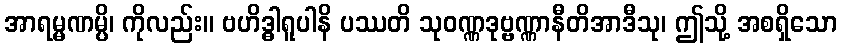
အာရမ္မဏမ္ပိ၊ ကိုလည်း။ ဗဟိဒ္ဓါရူပါနိ ပဿတိ သုဝဏ္ဏဒုဗ္ဗဏ္ဏာနီတိအာဒီသု၊ ဤသို့ အစရှိသော